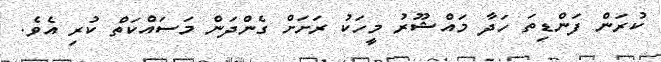
ކުރަން ފަންޑިތަ ހަދާ މައްޝޫރު މީހަކު ރަށަށް ގެންދަން މަސައްކަތް ކުރި އެވެ.